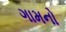
ગામનો